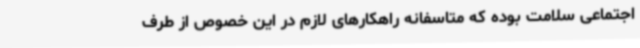
اجتماعی سلامت بوده که متاسفانه راهکارهای لازم در این خصوص از طرف